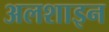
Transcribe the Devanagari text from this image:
अलशाइन